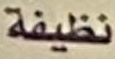
نظيفة